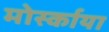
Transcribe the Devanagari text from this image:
मोर्स्काया